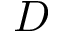
D